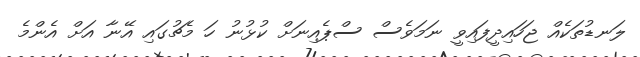
ލަނޑުތަކެއް ޖަހައިދީފައިވީ ނަމަވެސް ސްޕެއިނަށް ކުޅުނު ހަ މެޗުގައި އޭނާ އަށް އެންމެ